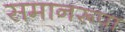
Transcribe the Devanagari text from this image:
समानरूपा